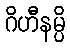
ဂိဟီနမ္ပိ